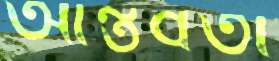
আন্তর্বর্তী